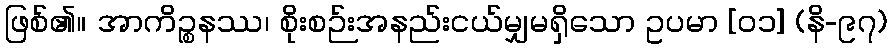
ဖြစ်၏။ အာကိဉ္စနဿ၊ စိုးစဉ်းအနည်းငယ်မျှမရှိသော ဥပမာ [၀၁] (နိ-၉၇)